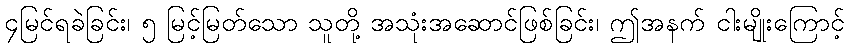
၄မြင်ရခဲခြင်း၊ ၅ မြင့်မြတ်သော သူတို့ အသုံးအဆောင်ဖြစ်ခြင်း၊ ဤအနက် ငါးမျိုးကြောင့်